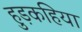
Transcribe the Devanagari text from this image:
हुड़कहिया